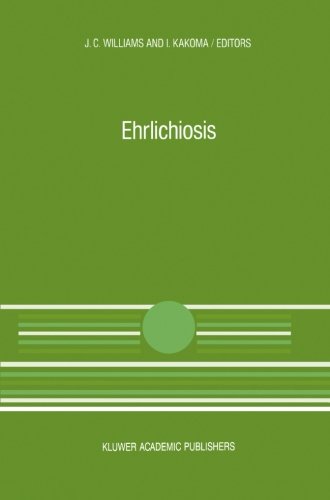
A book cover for Ehrlichiosis: A vector-borne disease of animals and humans (Current Topics in Veterinary Medicine); Medical Books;